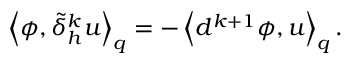
\left\langle \phi , \tilde { \delta } _ { h } ^ { k } u \right\rangle _ { q } = - \left\langle d ^ { k + 1 } \phi , u \right\rangle _ { q } .